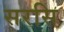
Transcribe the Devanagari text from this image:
सरसि